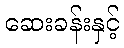
ဆေးခန်းနှင့်